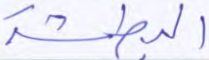
البطشة